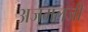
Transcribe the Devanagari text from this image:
अजमलजी